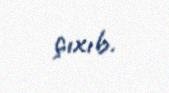
çıxıb.